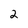
Character: 2